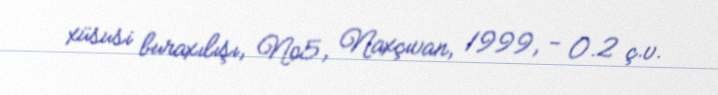
xüsusi buraxılışı, №5, Naxçıvan, 1999, - 0.2 ç.v.